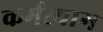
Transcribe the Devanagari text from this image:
कर्मत्याग